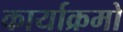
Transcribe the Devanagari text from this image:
कार्याक्रमो